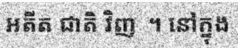
ឣតីត ជាតិ វិញ  ។ នៅក្នុង